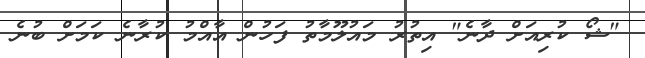
"ޝޯ ކުރިއަށް ދާނެ" އިތުރު މައުލޫމާތު ފަހުން އާއްމު ކުރާނެ ކަމަށް ބުނެ